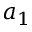
a _ { 1 }